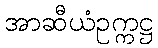
အာဆီယံဥက္ကဋ္ဌ